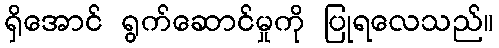
ရှိအောင် ရွက်ဆောင်မှုကို ပြုရလေသည်။